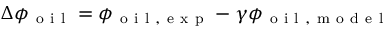
\Delta \phi _ { \mathrm { ~ o ~ i ~ l ~ } } = \phi _ { \mathrm { ~ o ~ i ~ l ~ , ~ e ~ x ~ p ~ } } - \gamma \phi _ { \mathrm { ~ o ~ i ~ l ~ , ~ m ~ o ~ d ~ e ~ l ~ } }